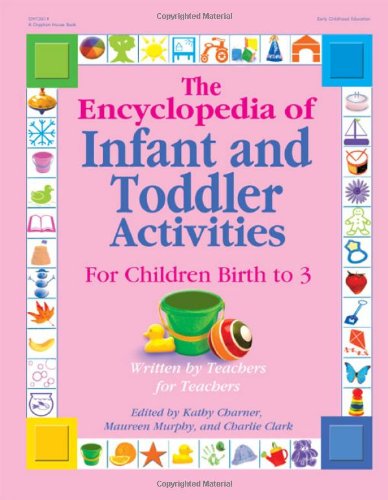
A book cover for The Encyclopedia of Infant and Toddlers Activities for Children Birth to 3: Written by Teachers for Teachers; Test Preparation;